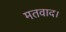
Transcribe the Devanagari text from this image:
मतवाद।